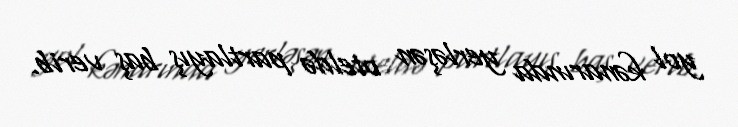
yol kənarında yerləşən oteldə partlayış baş verib.